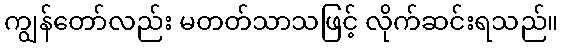
ကျွန်တော်လည်း မတတ်သာသဖြင့် လိုက်ဆင်းရသည်။